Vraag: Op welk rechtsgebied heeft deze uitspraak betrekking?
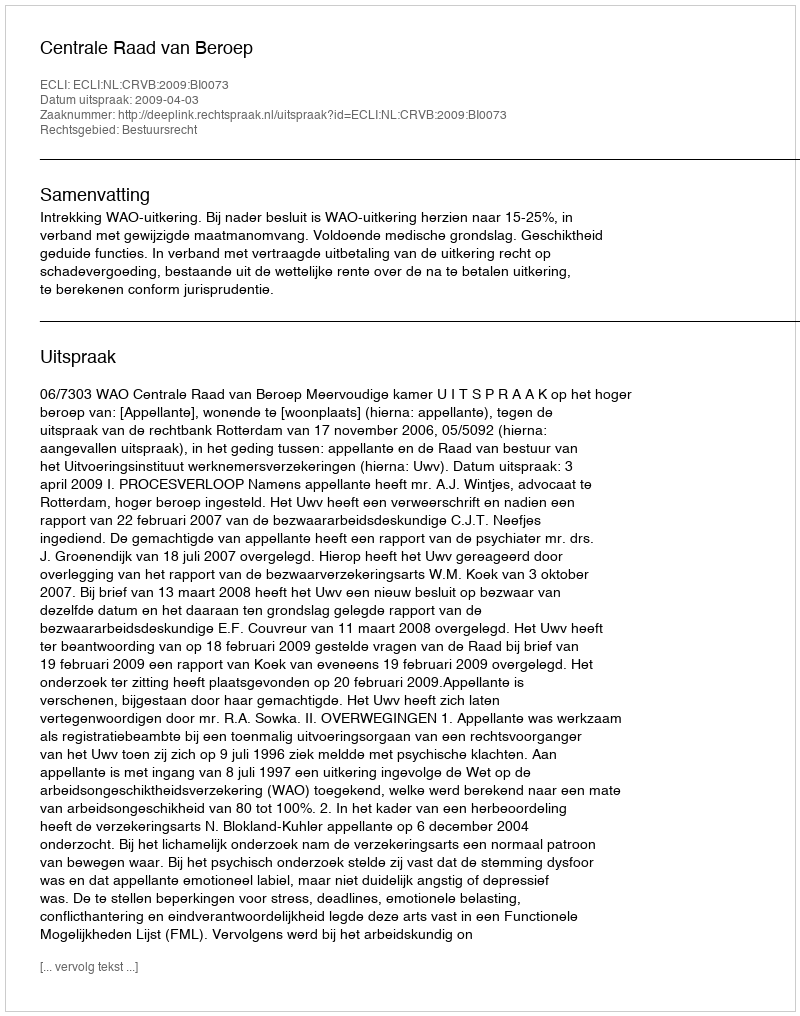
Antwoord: Bestuursrecht